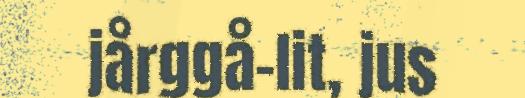
jårggå-lit, jus